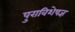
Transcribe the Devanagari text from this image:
पुराविशेषज्ञ